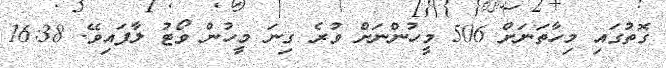
ގޮތުގައި މިހާތަނަށް 506 މީހުންނަށް ވުރެ ގިނަ މީހުން ވޯޓު ލާފައިވޭ. 16:38